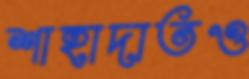
শাহাদাতও